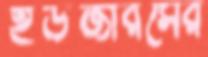
ইউজারসের